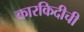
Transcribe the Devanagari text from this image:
कारकिदीची